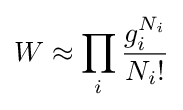
W\approx \prod _{i}{\frac {g_{i}^{N_{i}}}{N_{i}!}}